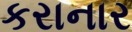
કરાનાર